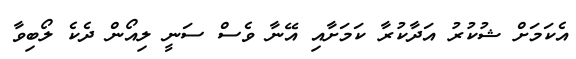
އެކަމަށް ޝުކުރު އަދާކުރާ ކަމަށާއި އޭނާ ވެސް ސަނީ ލިިއޯން ދެކެ ލޯބިވާ